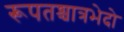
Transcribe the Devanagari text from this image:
रूपतश्चात्रभेदो